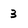
Character: 3